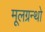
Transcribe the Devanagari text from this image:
मूलग्रन्थो